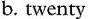
b. twenty